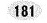
181